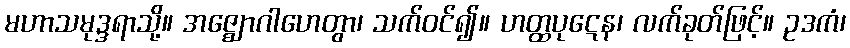
မဟာသမုဒ္ဒရာသို့။ အဇ္ဈောဂါဟေတွာ၊ သက်ဝင်၍။ ဟတ္ထပုဋေန၊ လက်ခုတ်ဖြင့်။ ဥဒကံ၊